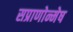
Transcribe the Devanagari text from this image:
सप्राणोन्मेष